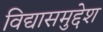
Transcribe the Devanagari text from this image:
विद्यासमुद्देश